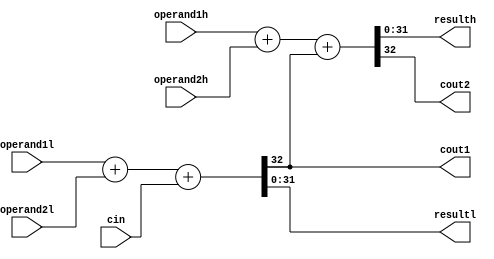
`timescale 1ns / 1ps
//////////////////////////////////////////////////////////////////////////////////
// Company: 
// Engineer: 
// 
// Design Name: 
// Module Name: adder
// Project Name: 
// Target Devices: 
// Tool Versions: 
// Description: 
// 
// Dependencies: 
// 
// Revision:
// Revision 0.01 - File Created
// Additional Comments:
// 
//////////////////////////////////////////////////////////////////////////////////


module adder(
    input  [31:0] operand1l,
    input  [31:0] operand1h,
    input  [31:0] operand2l,
    input  [31:0] operand2h,
    input         cin,
    output [31:0] resulth,
    output [31:0] resultl,
    output        cout1,
    output        cout2
    );
    assign {cout1,resultl} = operand1l + operand2l + cin;
    assign {cout2,resulth} = operand1h + operand2h + cout1;

endmodule